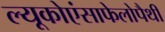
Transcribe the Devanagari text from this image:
ल्यूकोएंसाफेलोपैथी